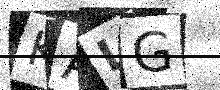
Text: KALG